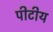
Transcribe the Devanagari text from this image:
पीटीय